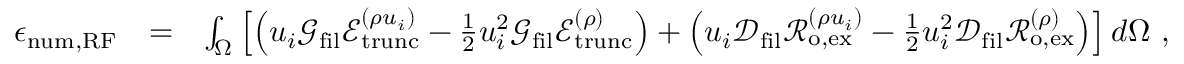
\begin{array} { r l r } { \epsilon _ { \mathrm { n u m , R F } } } & { = } & { \int _ { \Omega } \left[ \left( u _ { i } \mathcal { G } _ { \mathrm { f i l } } \mathcal { E } _ { \mathrm { t r u n c } } ^ { ( \rho u _ { i } ) } - \frac { 1 } { 2 } u _ { i } ^ { 2 } \mathcal { G } _ { \mathrm { f i l } } \mathcal { E } _ { \mathrm { t r u n c } } ^ { ( \rho ) } \right) + \left( u _ { i } \mathcal { D } _ { \mathrm { f i l } } \mathcal { R } _ { \mathrm { o , e x } } ^ { ( \rho u _ { i } ) } - \frac { 1 } { 2 } u _ { i } ^ { 2 } \mathcal { D } _ { \mathrm { f i l } } \mathcal { R } _ { \mathrm { o , e x } } ^ { ( \rho ) } \right) \right] d \Omega \ , } \end{array}